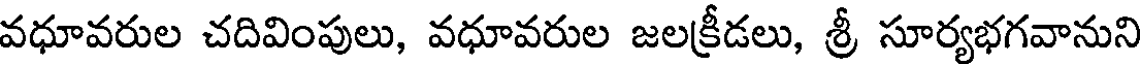
వధూవరుల చదివింపులు, వధూవరుల జలక్రీడలు, శ్రీ సూర్యభగవానుని